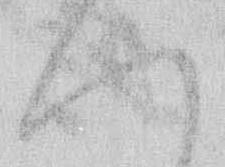
へ